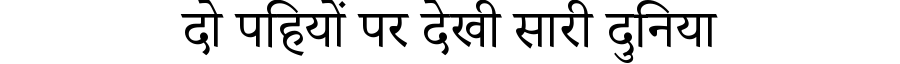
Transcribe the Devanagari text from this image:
दो पहियों पर देखी सारी दुनिया